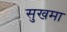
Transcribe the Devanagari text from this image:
सुखमा